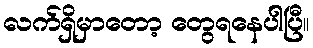
လက်ရှိမှာတော့ တွေရနေပါပြီ။